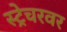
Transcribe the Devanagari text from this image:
स्ट्रेचरवर